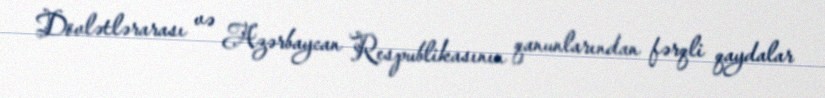
Dövlətlərarası və Azərbaycan Respublikasının qanunlarından fərqli qaydalar